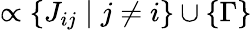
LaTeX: \propto\{ J_{ij}\mid j\ne i\} \cup\{ \Gamma\}